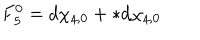
LaTeX: F _ { \it 5 } ^ { 0 } = d \chi _ { { \it 4 } , 0 } + * d \chi _ { { \it 4 } , 0 }